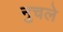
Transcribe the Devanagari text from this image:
नुचले